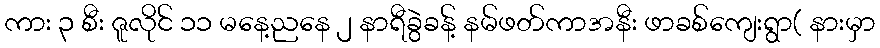
ကား ၃ စီး ဇူလိုင် ၁၁ မနေ့ညနေ ၂ နာရီခွဲခန့် နမ်ဖတ်ကာအနီး ဖာခစ်ကျေးရွာ( နားမှာ